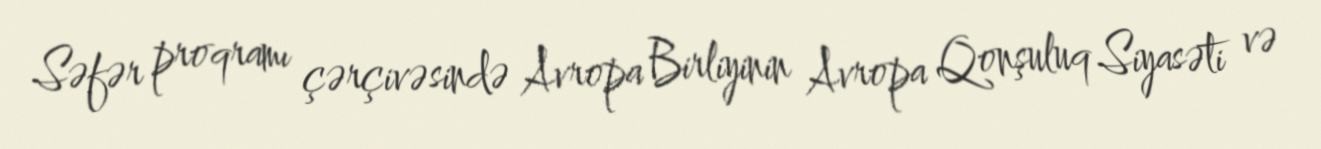
Səfər proqramı çərçivəsində Avropa Birliyinin Avropa Qonşuluq Siyasəti və